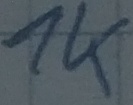
Text: 1K